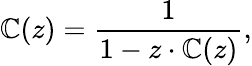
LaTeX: \mathbb{C}(z)={\frac{{1}}{{1-z\cdot\mathbb{C}(z)}}},